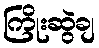
ကြိုးဆွဲချ